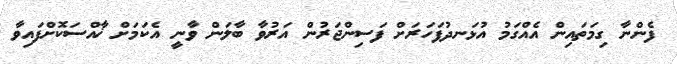
ފެންނާ ގިމަތައިން އެއްގަމު އުޅަނދުފަހަރަށް ފަސިންޖަރުން އަރުވާ ބާލަން ވާނީ އެކަމަށް ޚާއްސަކޮށްފައިވާ